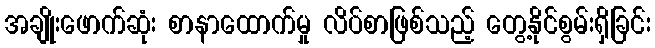
အချိုးဖောက်ဆုံး စာနာထောက်မှု လိပ်စာဖြစ်သည့် တွေ့နိုင်စွမ်းရှိခြင်း